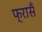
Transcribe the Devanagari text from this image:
फ्रासँ